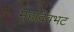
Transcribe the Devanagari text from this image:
महादेवभट